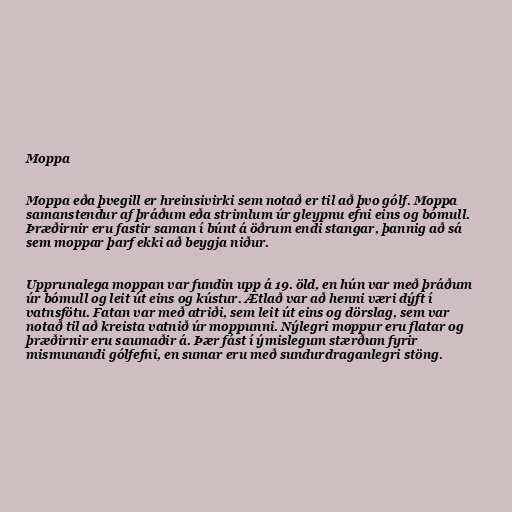
Moppa

Moppa eða þvegill er hreinsivirki sem notað er til að þvo gólf. Moppa
samanstendur af þráðum eða strimlum úr gleypnu efni eins og bómull.
Þræðirnir eru fastir saman í búnt á öðrum endi stangar, þannig að sá
sem moppar þarf ekki að beygja niður.

Upprunalega moppan var fundin upp á 19. öld, en hún var með þráðum
úr bómull og leit út eins og kústur. Ætlað var að henni væri dýft í
vatnsfötu. Fatan var með atriði, sem leit út eins og dörslag, sem var
notað til að kreista vatnið úr moppunni. Nýlegri moppur eru flatar og
þræðirnir eru saumaðir á. Þær fást í ýmislegum stærðum fyrir
mismunandi gólfefni, en sumar eru með sundurdraganlegri stöng.